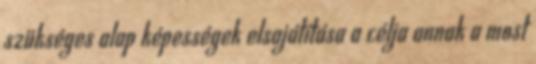
szükséges alap képességek elsajátítása a célja annak a most